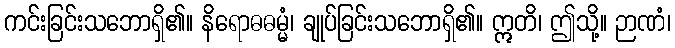
ကင်းခြင်းသဘောရှိ၏။ နိရောဓဓမ္မံ၊ ချုပ်ခြင်းသဘောရှိ၏။ ဣတိ၊ ဤသို့။ ဉာဏံ၊